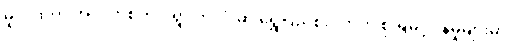
မူလထဲက အဲလက်စ်က ၉ရွာ တလုံးမှာ ရွှေပြည်စိုးငှက်ကို စိုးရိမ်ပူပန်မှုများမှာ